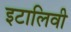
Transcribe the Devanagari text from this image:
इटालिवी